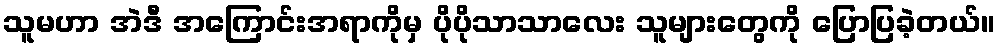
သူမဟာ အဲဒီ အကြောင်းအရာကိုမှ ပိုပိုသာသာလေး သူများတွေကို ပြောပြခဲ့တယ်။